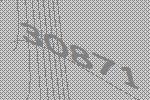
30871